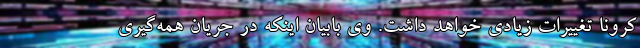
کرونا تغییرات زیادی خواهد داشت. وی بابیان اینکه در جریان همه‌گیری